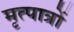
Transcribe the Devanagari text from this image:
मृत्पात्रों